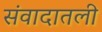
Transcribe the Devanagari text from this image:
संवादातली